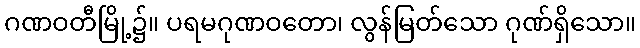
ဂဏဝတီမြို့၌။ ပရမဂုဏဝတော၊ လွန်မြတ်သော ဂုဏ်ရှိသော။